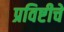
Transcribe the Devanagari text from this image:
प्रविष्टीचे